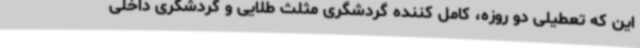
این که تعطیلی دو روزه، کامل کننده گردشگری مثلث طلایی و گردشگری داخلی